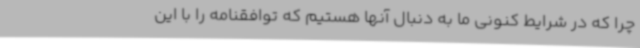
چرا که در شرایط کنونی ما به دنبال آنها هستیم که توافقنامه را با این